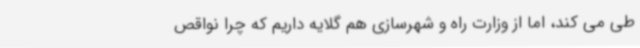
طی می کند، اما از وزارت راه و شهرسازی هم گلایه داریم که چرا نواقص